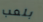
بلعب